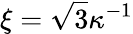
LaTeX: \xi=\sqrt{3}\kappa^{-1}